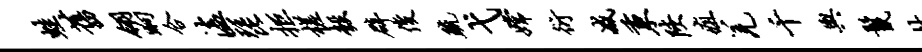
蛙旧翎晌合溘琵拒槎彀辟俊疏弋嫦衍减秉陕疽羌千舆鬣林